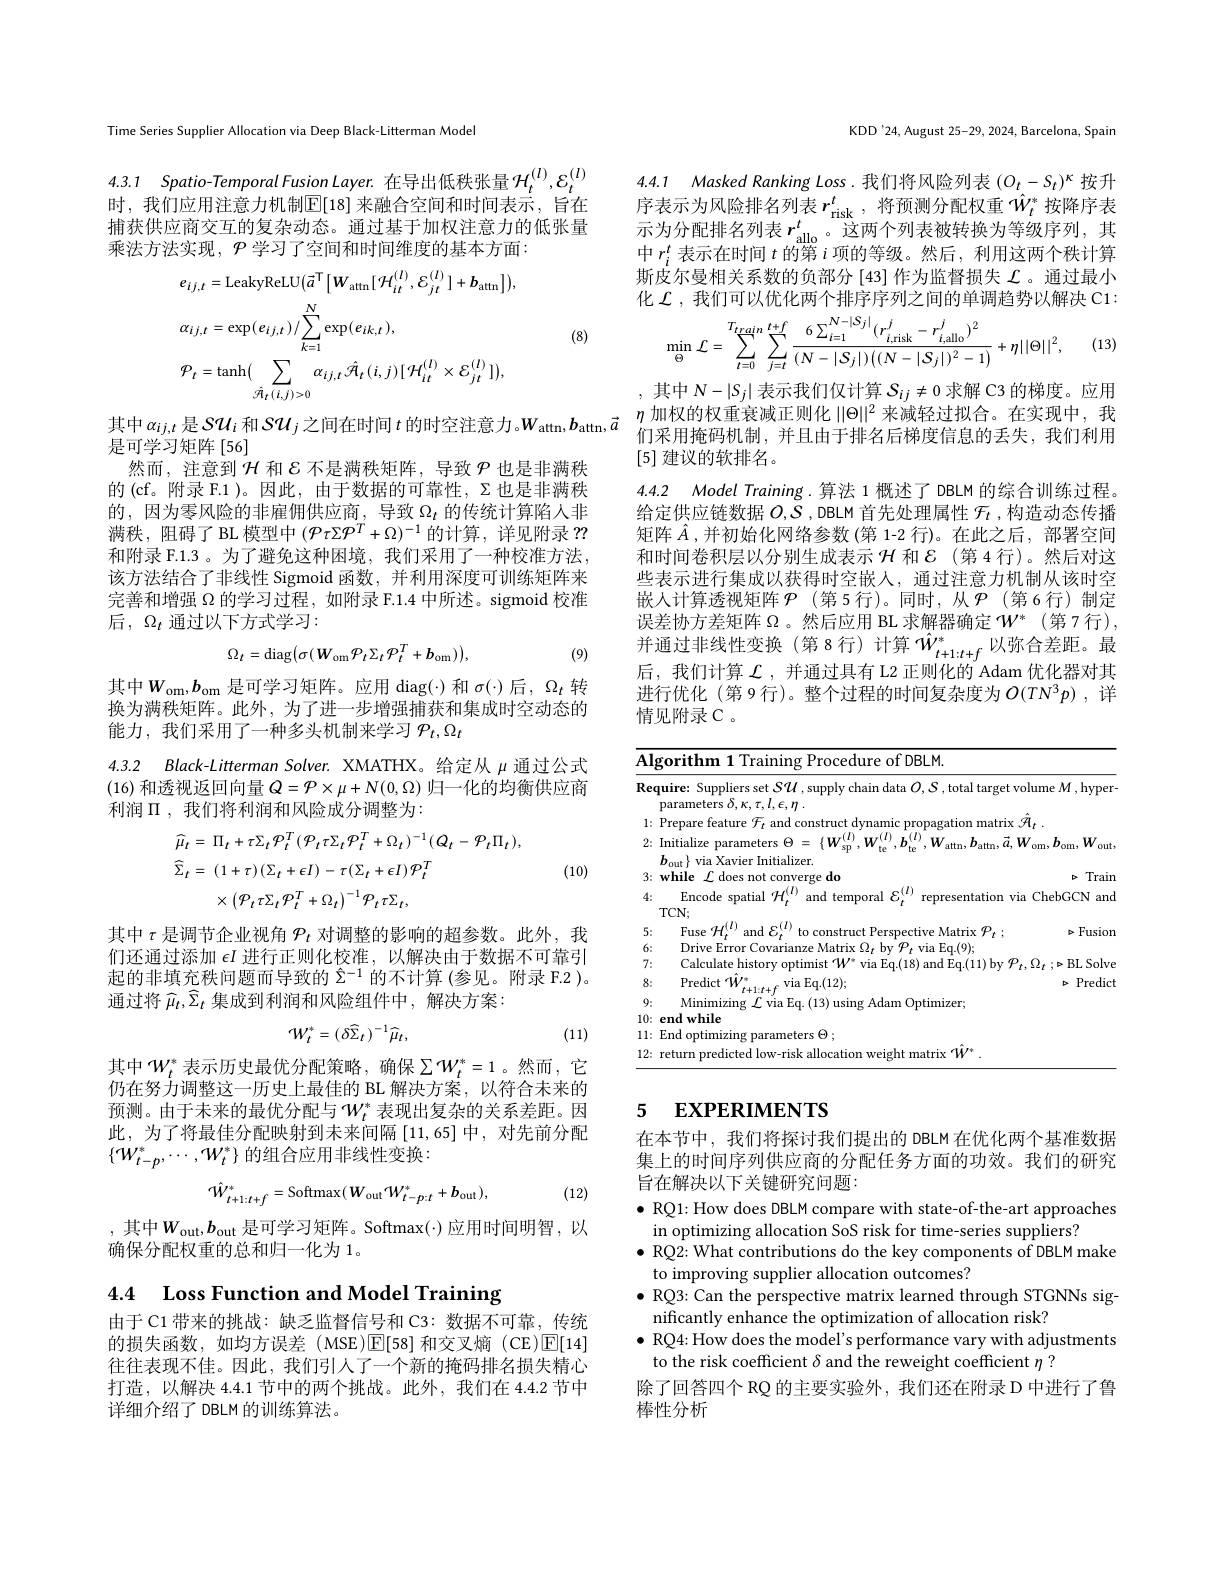
Time Series Supplier Allocation via Deep Black-Litterman Model

4.3.1 Spatio-Temporal Fusion Layer. 在导出低秩张量$\mathcal{H}_t^{(l)},\mathcal{E}_t^{(l)}$ 时，我们应用注意力机制$\mathbb{E}[18]$ 来融合空间和时间表示，旨在

捕获供应商交互的复杂动态。通过基于加权注意力的低张量
乘法方法实现，$\mathcal{P}$学习了空间和时间维度的基本方面：
$$\begin{aligned}&e_{ij,t}=\mathrm{LeakyReLU}(\vec{a}^{\mathrm{T}}\left[W_{\mathrm{attn}}[\mathcal{H}_{it}^{(l)},\mathcal{E}_{jt}^{(l)}]+\boldsymbol{b}_{\mathrm{attn}}\right]),\\&\alpha_{ij,t}=\exp(e_{ij,t})/\sum_{k=1}^{N}\exp(e_{ik,t}),\\&\mathcal{P}_{t}=\mathrm{tanh}(\sum_{\hat{\mathcal{A}}_{t}(i,j)>0}\alpha_{ij,t}\hat{\mathcal{A}}_{t}(i,j)[\mathcal{H}_{it}^{(l)}\times\mathcal{E}_{jt}^{(l)}]),\end{aligned}$$
(8)

其中$\alpha_{ij,t}$是$S\mathcal{U}_i$和$S\mathcal{U}_j$之间在时间 $t$ 的时空注意力。$W_\mathrm{attn},\boldsymbol{b}_\mathrm{attn},\vec{a}^{\eta}$加权的权重衰减正则化 $\|\Theta\|^2$ 来减轻过拟合。在实现中，我县而学习斩阵[56]
是可学习矩阵[56]
然而，注意到$\mathcal{H}$和$\mathcal{E}$不是满秩矩阵，导致$\mathcal{P}$也是非满秩的(cf。附录 F.1)。因此，由干数据的可靠性，$\Sigma$也是非满秩的，因为零风险的非雇佣供应商，导致$\Omega_t$的传统计算陷人非满秩，阻碍了 BL 模型中$(\mathcal{P}\tau\Sigma\mathcal{P}^T+\Omega)^{-1}$的计算，详见附录？? 和附录 F.1.3 。为了避免这种困境，我们采用了一种校准方法， 该方法结合了非线性 Sigmoid 函数，并利用深度可训练矩阵来完善和增强$\Omega$的学习过程，如附录 F.1.4 中所述。sigmoid 校准后，$\Omega_t$通过以下方式学习：
$$\Omega_{t}=\mathrm{diag}\big(\sigma(W_{\mathrm{om}}\mathcal{P}_{t}\Sigma_{t}\mathcal{P}_{t}^{T}+b_{\mathrm{om}})\big),$$
(9)

其中$W_\mathrm{om},b_\mathrm{om}$是可学习矩阵。应用$\operatorname{diag}(\cdot)$和$\sigma(\cdot)$后$,\Omega_t$转换为满秩矩阵。此外，为了进一步增强捕获和集成时空动态的能力，我们采用了一种多头机制来学习$\mathcal{P}_t,\Omega_t$

4.3.2 Black-Litterman Solver. XMATHX。给定从$\mu$通过公式

(16)和透视返回向量$Q=\mathcal{P}\times\mu+N(0,\Omega)$归一化的均衡供应商
利润$\Pi$ ,我们将利润和风险成分调整为：
$$\begin{aligned}&\widehat{\mu}_{t}=\:\Pi_{t}+\tau\Sigma_{t}\:\mathcal{P}_{t}^{T}\:(\mathcal{P}_{t}\tau\Sigma_{t}\mathcal{P}_{t}^{T}+\Omega_{t})^{-1}(Q_{t}-\mathcal{P}_{t}\Pi_{t}),\\&\widehat{\Sigma}_{t}=\:(1+\tau)\:(\Sigma_{t}+\epsilon I)-\tau(\Sigma_{t}+\epsilon I)\:\mathcal{P}_{t}^{T}\\&\times\left(\mathcal{P}_{t}\tau\Sigma_{t}\mathcal{P}_{t}^{T}+\Omega_{t}\right)^{-1}\mathcal{P}_{t}\tau\Sigma_{t},\end{aligned}$$
(10)

其中$\tau$是调节企业视角$\mathcal{P}_t$对调整的影响的超参数。此外，我们还通过添加$\epsilon I$进行正则化校准，以解决由于数据不可靠引起的非填充秩问题而导致的$\hat{\Sigma}^{-1}$的不计算 (参见。附录 F.2 )。通过将$\widehat{\mu}_t,\widehat{\Sigma}_t$集成到利润和风险组件中，解决方案：
$$W_{t}^{*}=(\delta\widehat{\Sigma}_{t})^{-1}\widehat{\mu}_{t},$$
(11)

其中$W_t^*$表示历史最优分配策略，确保$\sum\mathcal{W}_t^*=1$。然而，它仍在努力调整这一历史上最佳的 BL 解决方案，以符合未来的预测。由于未来的最优分配与$\mathcal{W}_t^*$ 表现出复杂的关系差距。因此，为了将最佳分配映射到末来间隔[11,65]中，对先前分配$\{W_{t-p}^*,\cdots,W_t^*\}$的组合应用非线性变换：
$$\hat{W}_{t+1:t+f}^{*}=\mathrm{Softmax}(W_{\mathrm{out}}W_{t-p:t}^{*}+b_{\mathrm{out}}),$$
(12)

, 其中$W_\mathrm{out},b_\mathrm{out}$ 是可学习矩阵。Softmax(·)应用时间明智，以
确保分配权重的总和归一化为 1。

4.4 Loss Function and Model Training

由于 C1 带来的挑战：缺乏监督信号和 C3: 数据不可靠，传统的损失函数，如均方误差(MSE)$\mathbb{E}[58]$和交叉熵(CE)$\mathbb{E}[14]$ 往往表现不佳。因此，我们引人了一个新的掩码排名损失精心打造，以解决 4.4.1 节中的两个挑战。此外，我们在 4.4.2 节中详细介绍了 DBLM 的训练算法。

KDD'24, August 25-29, 2024, Barcelona, Spain

4.4.1 Masked Ranking Loss.我们将风险列表$(O_t-S_t)^\kappa$按升序表示为风险排名列表$r_\mathrm{risk}^t$,将预测分配权重$\hat{W}_t^*$按降序表一次人口此在20十十七月14日本人口的中心的中心的一个

示为分配排名列表$r_\mathrm{allo}^t$。这两个列表被转换为等级序列，其中$r_i^t$表示在时间$t$的第$i$项的等级。然后，利用这两个秩计算斯皮尔曼相关系数的负部分 [43] 作为监督损失$\mathcal{L}$。通过最小化$\mathcal{L}$,我们可以优化两个排序序列之间的单调趋势以解决 C1:
$$\min_{\Theta}\mathcal{L}=\sum_{t=0}^{T_{train}}\sum_{j=t}^{t+f}\frac{6\sum_{i=1}^{N-|S_{j}|}(r_{i,\mathrm{risk}}^{j}-r_{i,\mathrm{allo}}^{j})^{2}}{(N-|S_{j}|)\left((N-|S_{j}|)^{2}-1\right)}+\eta||\Theta||^{2},$$
(13)

4.4.2 Model Training.算法 1 概述了 DBLM 的综合训练过程。给定供应链数据$O,\bar{S}$ ,DBLM 首先处理属性$\mathcal{F}_t$ ,构造动态传播

,其中$N-|S_j|$表示我们仅计算$S_ij\neq0$求解 C3 的梯度。应用
[5]建议的软排名。
矩阵$\hat{A}$,并初始化网络参数(第 1-2 行)。在此之后，部署空间和时间卷积层以分别生成表示$\mathcal{H}$和$\mathcal{E}$ (第 4 行)。然后对这些表示进行集成以获得时空嵌人，通过注意力机制从该时空嵌人计算透视矩阵$\mathcal{P}$(第5行)。同时，从$\mathcal{P}$(第6行)制定误差协方差矩阵$\Omega$。然后应用 BL 求解器确定$\mathcal{W}^*$ (第7行), 并通过非线性变换(第8行)计算 $\hat{W}_{t+1:t+f}^*$以弥合差距。最后，我们计算$\mathcal{L}$ ,并通过具有 L2 正则化的 Adam 优化器对其进行优化(第9行)。整个过程的时间复杂度为$O(TN^3p)$,详情见附录 C 。

<table>
	<tbody>
		<tr>
			<td colspan="3">Algorithm Procedure of DBLM</td>
		</tr>
		<tr>
			<td>Rec</td>
			<td>quire: Suppliers set $S\mathcal{U}$,supply chain data $O,\mathcal{S}$,total target vo parameters $\delta,\kappa,\tau,l,\epsilon,\eta$</td>
			<td>olume $M$,hyper-</td>
		</tr>
		<tr>
			<td>1: </td>
			<td>Prepare matrix</td>
			<td>$\mathcal{A}_{t}$</td>
		</tr>
		<tr>
			<td>2:</td>
			<td>Initialize parameters $\Theta=$ $,W_{\mathrm{attn}},b_{\mathrm{attn}},\vec{a},V$ $\boldsymbol{b}_{\mathrm{out}}\}$ via Xavier Initializer</td>
			<td>$W_{\mathrm{om}},\boldsymbol{b}_{\mathrm{om}},W_{\mathrm{o}}$ out,</td>
		</tr>
		<tr>
			<td>3:</td>
			<td>while $L1$ does nc onverge do</td>
			<td>lrain</td>
		</tr>
		<tr>
			<td>4:</td>
			<td>Encode spatial $\mathcal{H}$ and temporal representation via TCN-</td>
			<td>ChebGCN and 3</td>
		</tr>
		<tr>
			<td>5:</td>
			<td>Filse $\textbf{struct Perspective Matrix }{\mathcal{P} }_{t}$ $r$</td>
			<td>Fusion $\geq$</td>
		</tr>
		<tr>
			<td>6:</td>
			<td>Drive s Frr varis $=Matrix$ ,1 0. 、 $hw$ $\mathcal{P}_{t}$ s via ka.(9)</td>
			<td> </td>
		</tr>
		<tr>
			<td>7:</td>
			<td>Calculate history mist $\mathbf{f}^{*}\mathbf{W}$ via Eq.(18) and Eq.(11) by</td>
			<td>BL Solve $\because P$</td>
		</tr>
		<tr>
			<td>8:</td>
			<td>$\mathrm{Predict}^{\prime}$ ${\mathrm{via~Eq.(12);}}$</td>
			<td>Predict $P$</td>
		</tr>
		<tr>
			<td>9: </td>
			<td>Minimizins viab *Adam$\textcircled{}$ Dptimizer</td>
			<td> </td>
		</tr>
		<tr>
			<td>10:</td>
			<td>end while</td>
			<td> </td>
		</tr>
		<tr>
			<td>11: </td>
			<td>End optimizing neters $\Theta;$</td>
			<td> </td>
		</tr>
		<tr>
			<td>12:</td>
			<td> </td>
			<td> </td>
		</tr>
	</tbody>
</table>

## 5 $\textbf{EXPERIMENTS}$

在本节中，我们将探讨我们提出的 DBLM 在优化两个基准数据集上的时间序列供应商的分配任务方面的功效。我们的研究旨在解决以下关键研究问题：

$\bullet$ RQ1: How does DBLM compare with state-of-the-art approaches
in optimizing allocation SoS risk for time-series suppliers?
$\bullet$ RQ2: What contributions do the key components of DBLM make
to improving supplier allocation outcomes?
$\bullet$ RQ3: Can the perspective matrix learned through STGNNs sig-
nificantly enhance the optimization of allocation risk?
$\bullet$ RQ4: How does the model's performance vary with adjustments
to the risk coefficient $\delta$ and the reweight coefficient $\eta$ ?
除了回答四个 RQ 的主要实验外，我们还在附录 D 中进行了鲁
棒性分析